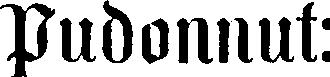
Pudonnut: